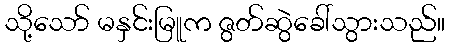
သို့သော် မနှင်းမြူက ဇွတ်ဆွဲခေါ်သွားသည်။